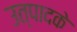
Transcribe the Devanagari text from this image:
उत्पादके